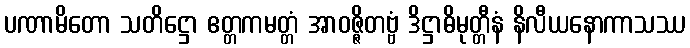
ပဏာမိတော သတိဋ္ဌော ဧတ္တကမတ္တံ အာဝဇ္ဇိတဗ္ဗံ ဒိဋ္ဌာဓိမုတ္တီနံ နိလီယနောကာသဿ